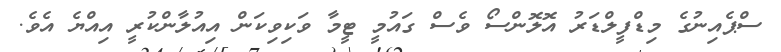
ސްޕެއިނުގެ މިޑްފީލްޑަރު އޮލޮންސޯ ވެސް ގައުމީ ޓީމާ ވަކިވިކަން އިއުލާންކުރީ އިއްޔެ އެވެ.